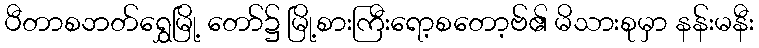
ပီတာစဘတ်ရွှေမြို့ တော်၌ မြို့စားကြီးရော့စတော့ဗ်၏ မိသားစုမှာ နန်းမနီး